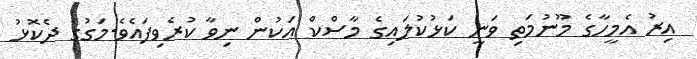
އިރު އެމީހާގެ މޫނުމަތި ވަނީ ކަޅުކުލައިގެ މާސްކް އަކުން ނިވާ ކުރެވިފައެވެ.މަގުގެ ދެކޮޅު